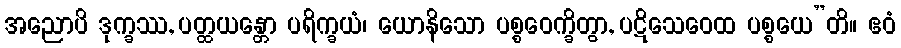
အညောပိ ဒုက္ခဿ, ပတ္ထယန္တော ပရိက္ခယံ၊ ယောနိသော ပစ္စဝေက္ခိတွာ, ပဋိသေဝေထ ပစ္စယေ”တိ။ ဧဝံ